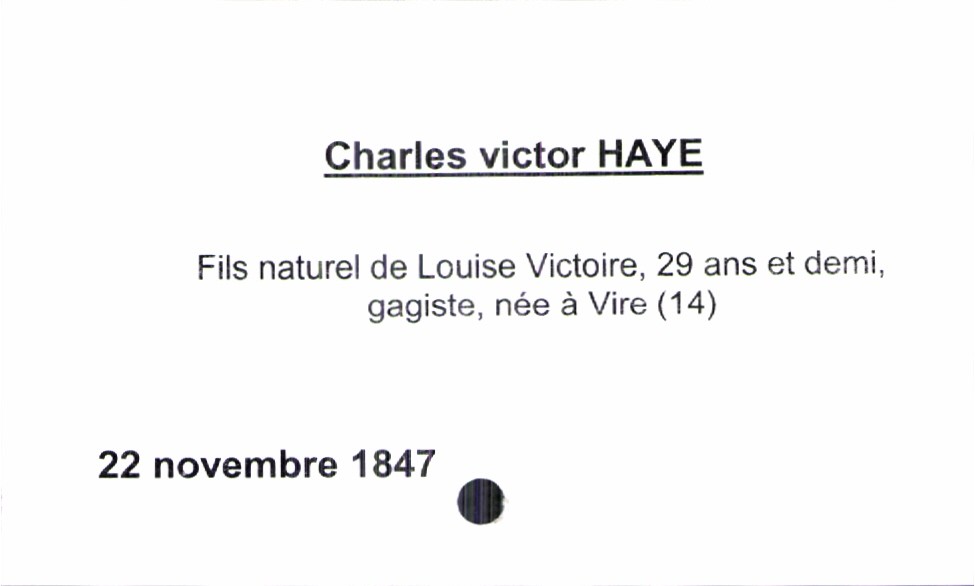
type_acte: Baptême
observations: père inconnu
enfant_prénom: Charles Victor
enfant_date_de_naissance: 22 novembre 1847
mère_enfant_nom: Haye
mère_enfant_prénom: Louise Victoire
mère_enfant_âge: 29 ans et demi
mère_enfant_profession: gagiste
mère_enfant_lieu_de_naissance: Vire (14)